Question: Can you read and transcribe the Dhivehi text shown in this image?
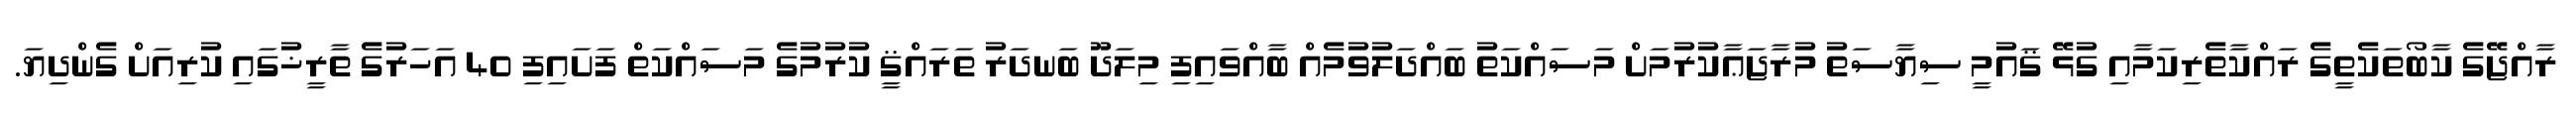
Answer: ރާއްޖޭގެ ކާބޯތަކެތީގެ ރައްކާތެރިކަމާއި ގުޅޭ ޤައުމީ ސިޔާސަތު މުރާޖަޢާކުރުމަށް މަސައްކަތު ބައްދަލުވުމެއް ބާއްވައިފި މިލަދޫ ބަނދަރު ތަރައްޤީ ކުރުމުގެ މަސައްކަތް ފަށައިފި 40 އަހަރުގެ ތާރީޚުގައި ކުރިއަށް ގެންދިޔަ.